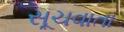
સૂચવાતા